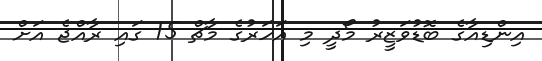
އިންޑިއާގެ ބޮޑުވަޒީރު މޯދީ މި އަހަރުގެ މާޗް 15 ގައި ރާއްޖެ އަށް